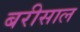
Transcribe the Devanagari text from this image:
बरीसाल